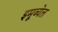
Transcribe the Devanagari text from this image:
इमूब्येल